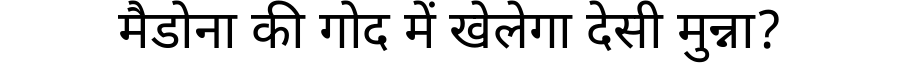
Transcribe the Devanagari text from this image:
मैडोना की गोद में खेलेगा देसी मुन्ना?